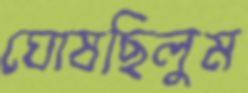
ঘোষছিলুম